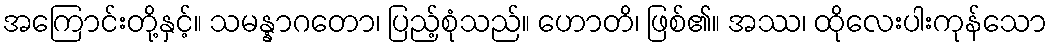
အကြောင်းတို့နှင့်။ သမန္နာဂတော၊ ပြည့်စုံသည်။ ဟောတိ၊ ဖြစ်၏။ အဿ၊ ထိုလေးပါးကုန်သော